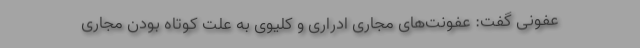
عفونی گفت: عفونت‌های مجاری ادراری و کلیوی به علت کوتاه بودن مجاری